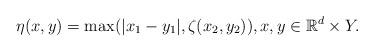
LaTeX: \begin{align*}\eta(x,y)=\max(|x_1-y_1|,\zeta(x_2,y_2)),x,y\in \mathbb{R}^d\times Y.\end{align*}